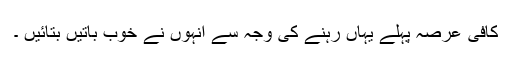
کافی عرصہ پہلے یہاں رہنے کی وجہ سے انہوں نے خوب باتیں بتائیں ۔